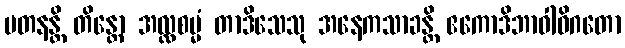
ပတနန္တိ တိန္တော အလ္လစမ္မံ တာဒိသေသု အနေကသာခန္တိ ဧကောဒိဘာဝါဓိဂတော